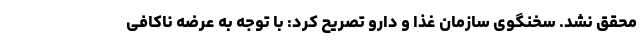
محقق نشد. سخنگوی سازمان غذا و دارو تصریح کرد: با توجه به عرضه ناکافی